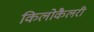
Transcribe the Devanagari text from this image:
किलोकैलरी